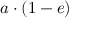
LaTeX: a \cdot ( 1 - e )